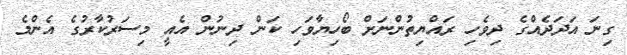
ގިނަ އަދަދެއްގެ ދިވެހި ރައްޔިތުންނަށް ބޯހިޔާވަހި ކަން ދިނުން އެއީ މިސަރުކާރުގެ އެންމެ